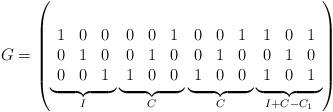
LaTeX: \begin{align*}G = \left(\underbrace{\begin{array}{ccc} 1&0&0\\ 0&1&0\\ 0&0&1\end{array}}_{I}\underbrace{\begin{array}{ccc} 0&0&1\\ 0&1&0\\ 1&0&0\end{array}}_{C}\underbrace{\begin{array}{ccc} 0&0&1\\ 0&1&0\\ 1&0&0\end{array}}_{C}\underbrace{\begin{array}{ccc} 1&0&1\\ 0&1&0\\ 1&0&1\end{array}}_{I+C-C_1}\right)\end{align*}